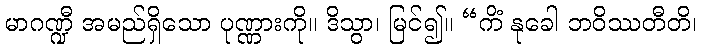
မာဂဏ္ဍီ အမည်ရှိသော ပုဏ္ဏားကို။ ဒိသွာ၊ မြင်၍။ “ကိံ နုခေါ ဘဝိဿတီတိ၊